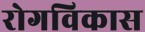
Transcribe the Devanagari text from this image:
रोगविकास